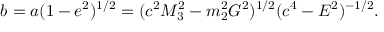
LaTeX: b = a ( 1 - e ^ { 2 } ) ^ { 1 / 2 } = ( c ^ { 2 } M _ { 3 } ^ { 2 } - m _ { 2 } ^ { 2 } G ^ { 2 } ) ^ { 1 / 2 } ( c ^ { 4 } - E ^ { 2 } ) ^ { - 1 / 2 } .